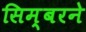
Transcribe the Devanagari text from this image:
सिम्बरने